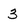
Character: 3